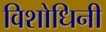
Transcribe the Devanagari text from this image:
विशोधिनी